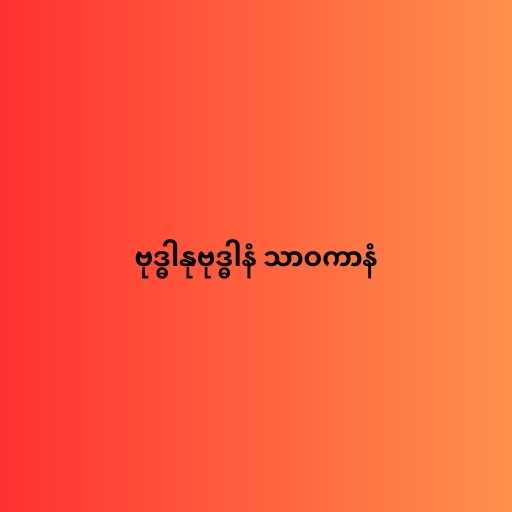
ဗုဒ္ဓါနုဗုဒ္ဓါနံ သာဝကာနံ